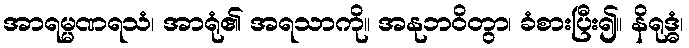
အာရမ္မဏရသံ၊ အာရုံ၏ အရသာကို။ အနုဘဝိတွာ၊ ခံစားပြီး၍။ နိရုဒ္ဓံ၊